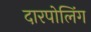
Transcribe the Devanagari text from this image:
दारपोलिंग